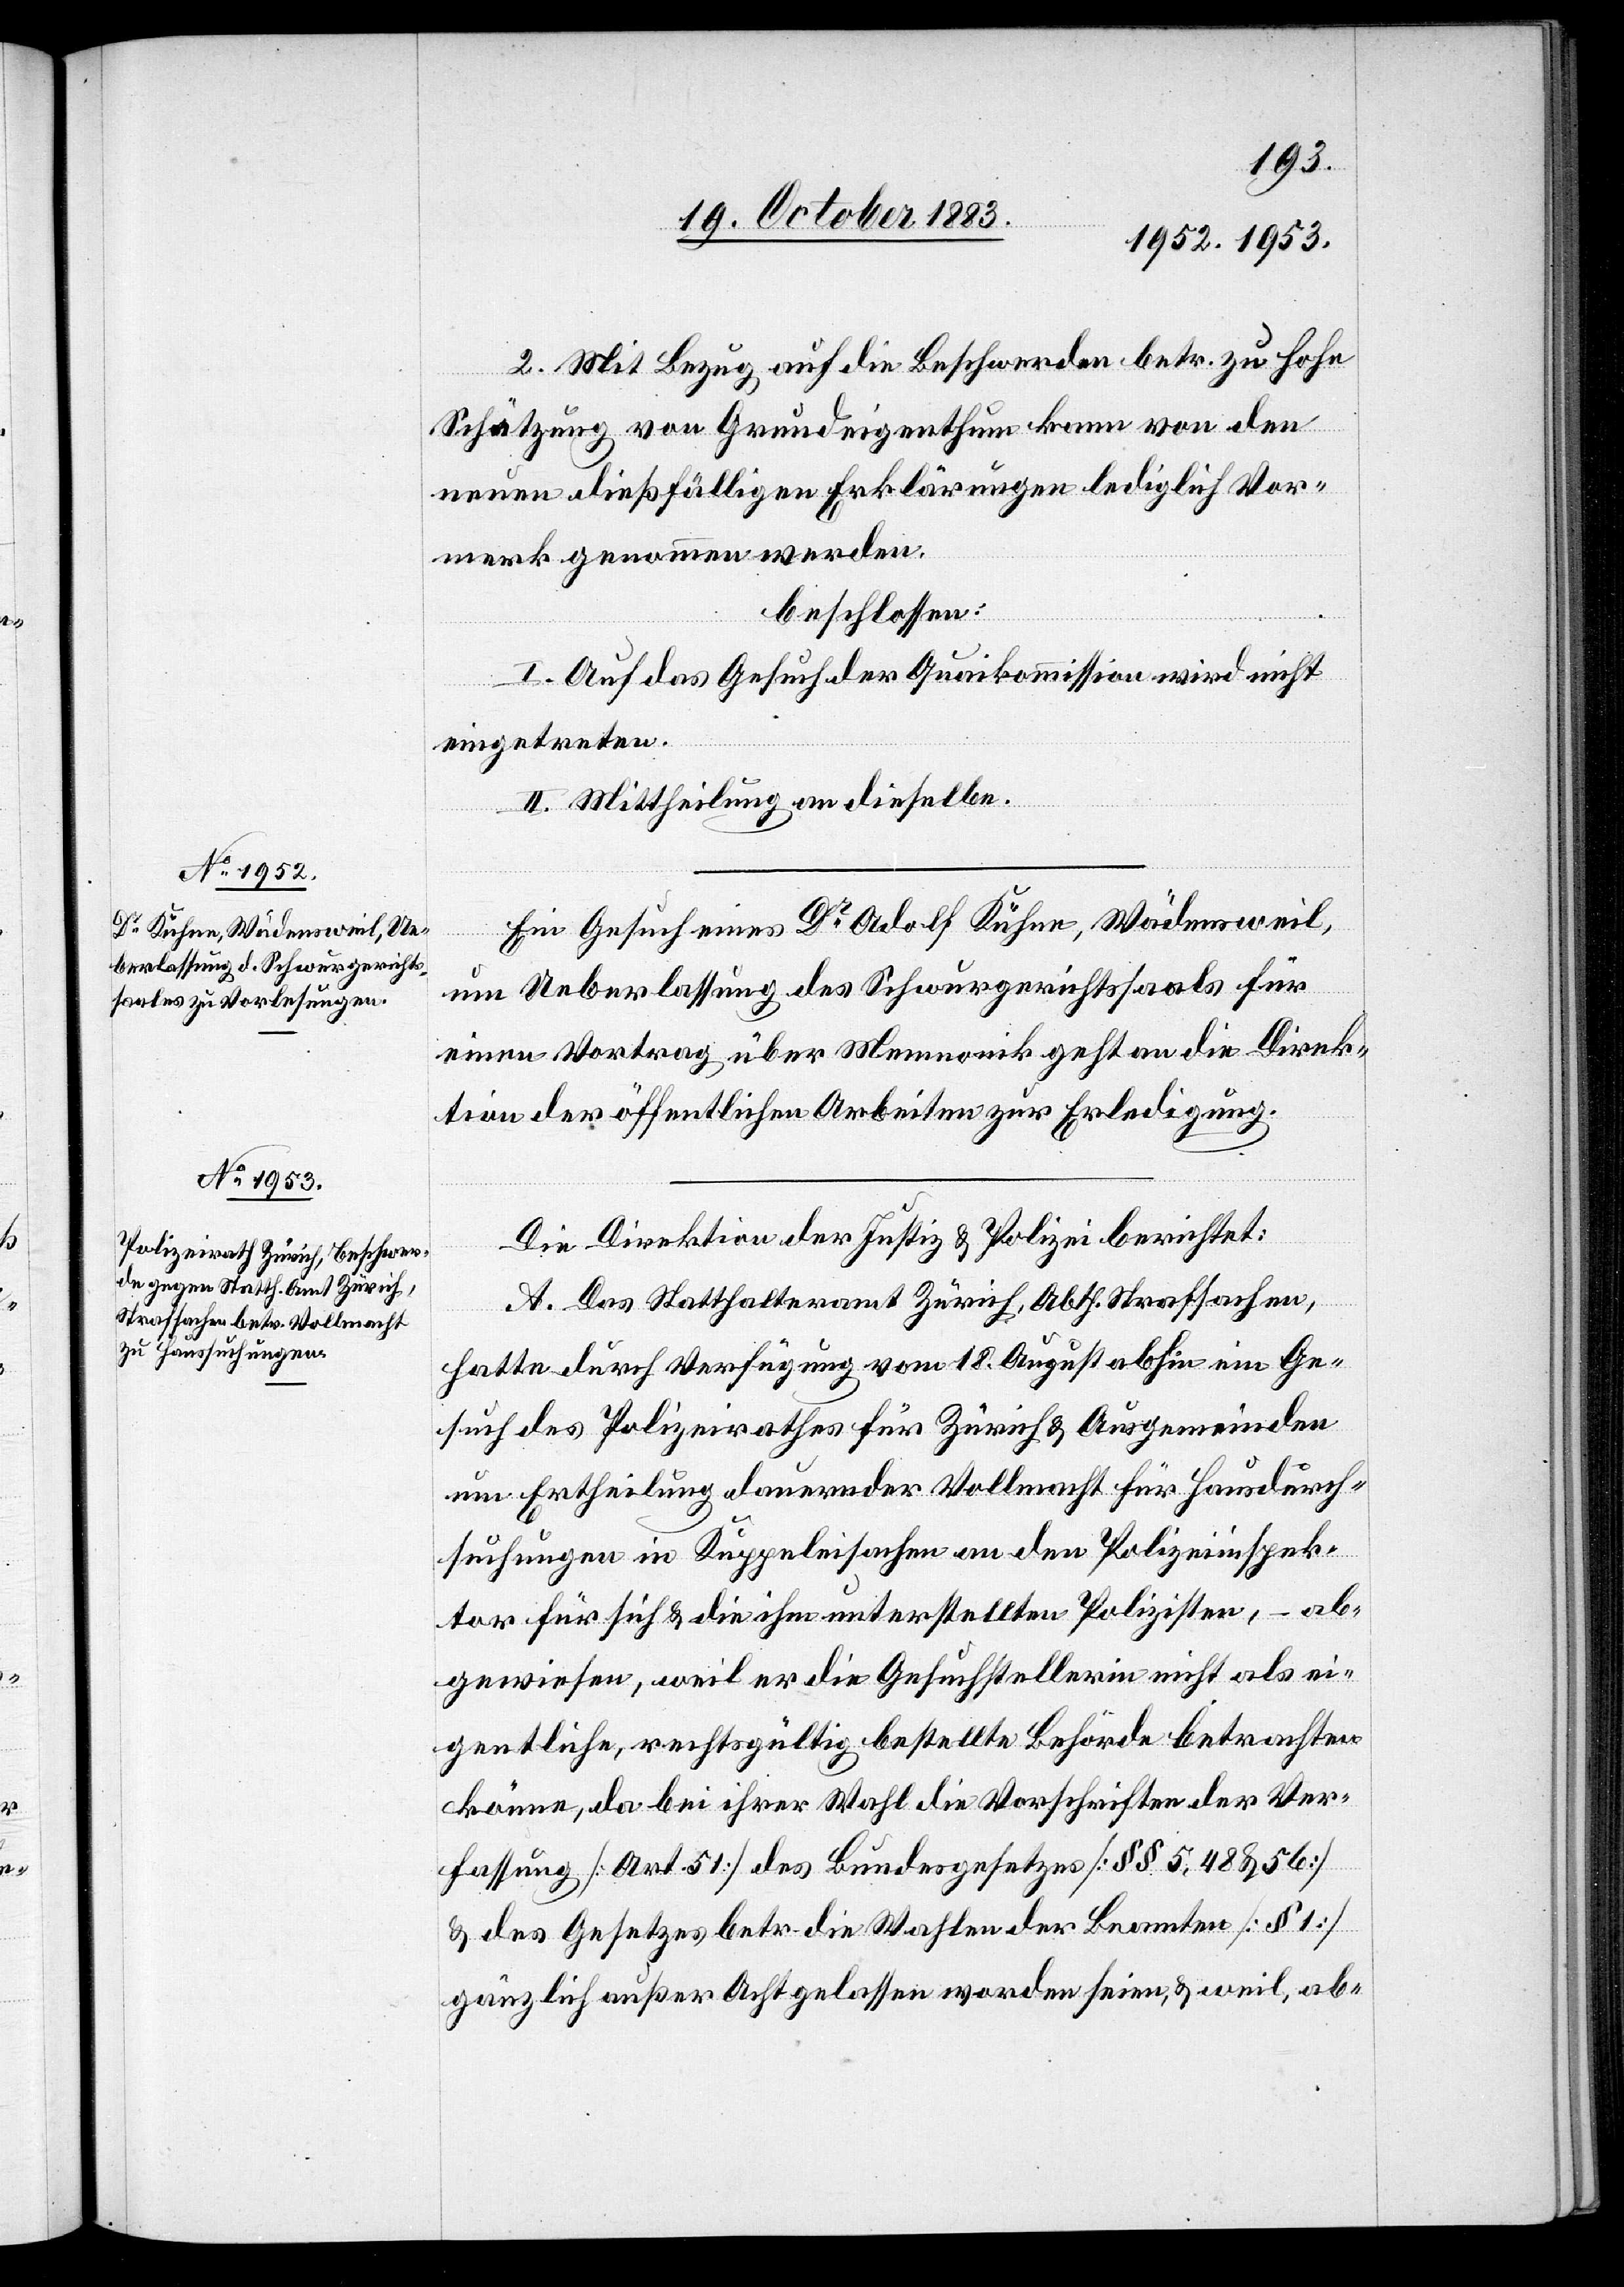
2. Mit Bezug auf die Beschwerden betr. zu hohe
Schätzung von Grundeigenthum kann von den
neuen dießfälligen Erklärungen lediglich Vor¬
merk genommen werden.
beschlossen:
I. Auf das Gesuch der Quaikommission wird nicht
eingetreten.
II. Mittheilung an dieselbe.
Ein Gesuch eines Dr Adolf Kühne, Wädensweil,
um Ueberlassung des Schwurgerichtssaals für
einen Vortrag über Mnemnonik geht an die Direk¬
tion der öffentlichen Arbeiten zur Erledigung.